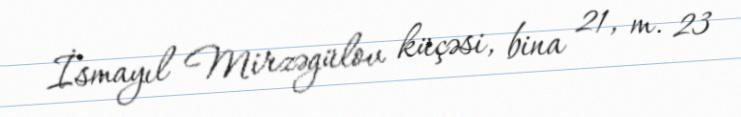
İsmayıl Mirzəgülov küçəsi, bina 21, m. 23